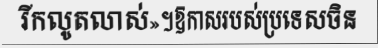
រីកលូតលាស់»។ឱកាសរបស់ប្រទេសចិន